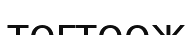
тогтоож